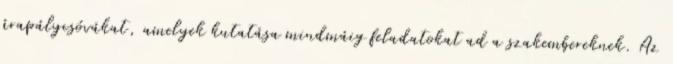
árapálycsóvákat, amelyek kutatása mindmáig feladatokat ad a szakembereknek. Az